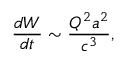
\frac { d W } { d t } \sim \frac { Q ^ { 2 } a ^ { 2 } } { c ^ { 3 } } ,